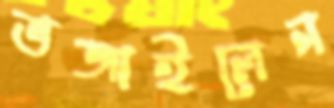
ভজাইলেন